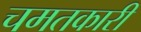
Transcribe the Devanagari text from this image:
चमतकारी